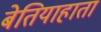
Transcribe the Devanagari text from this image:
बेतियाहाता